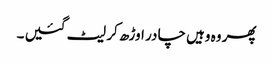
پھر وہ وہیں چا در اوڑھ کر لیٹ گئیں ۔